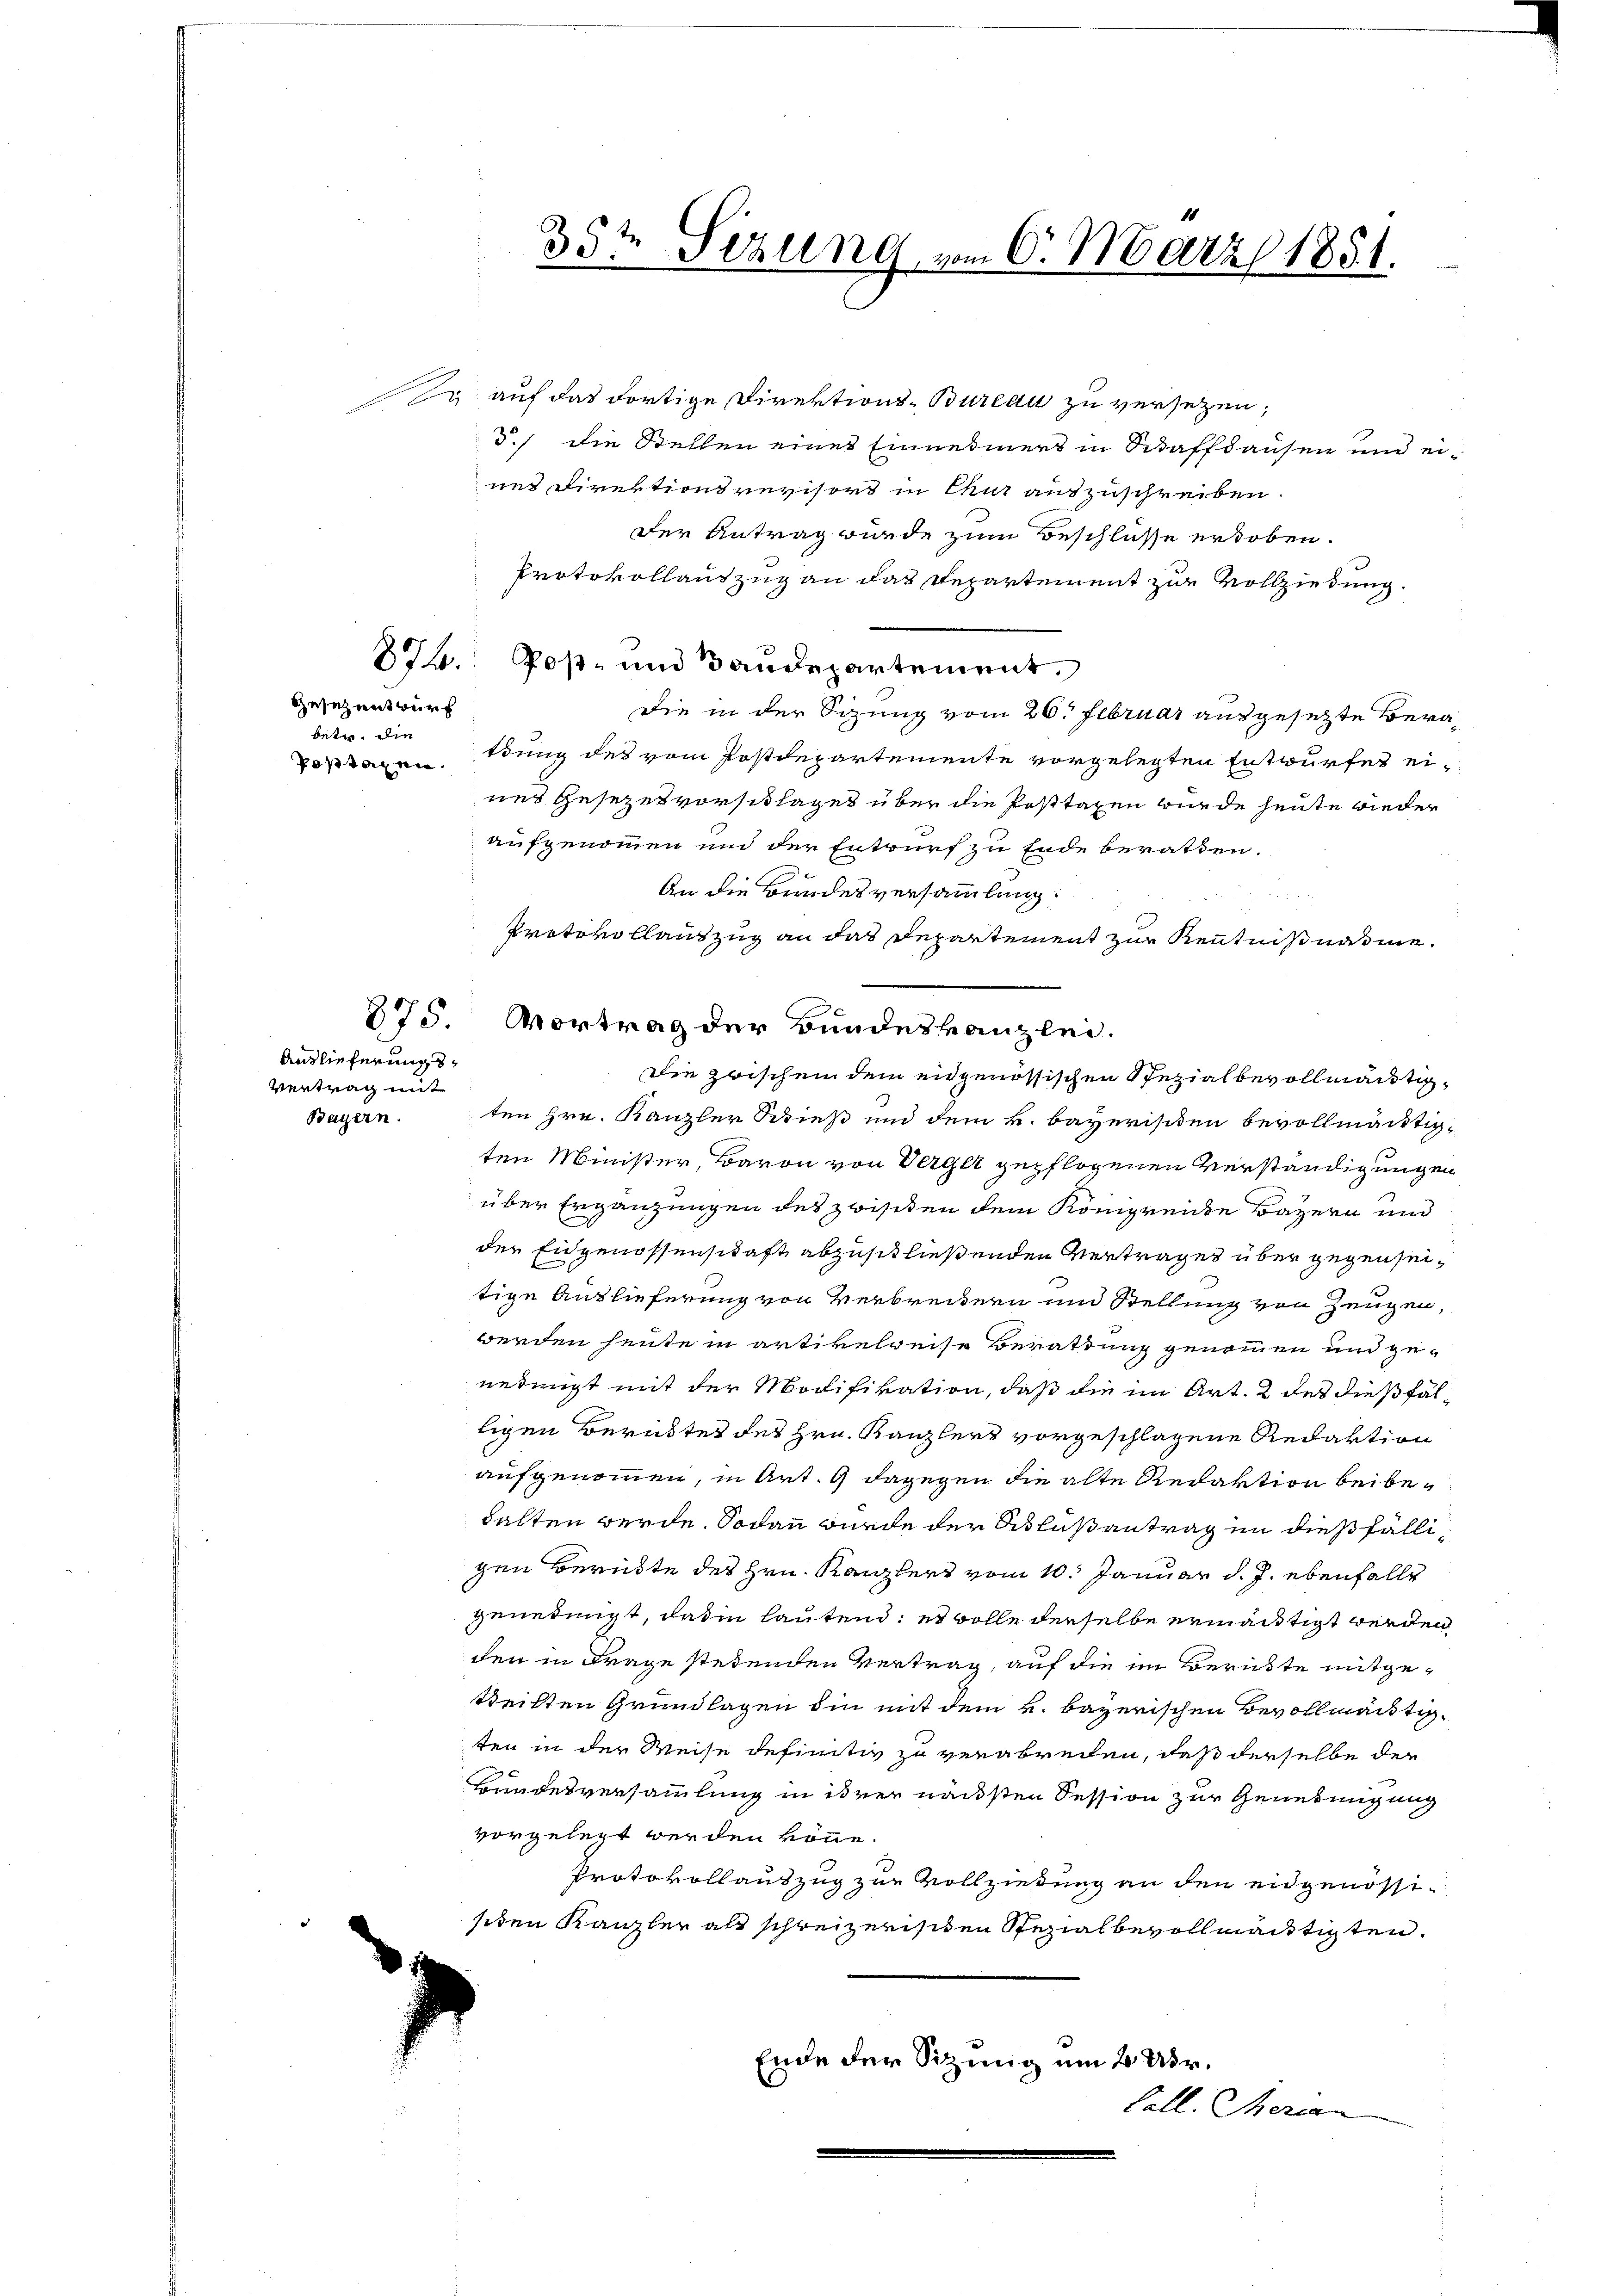
Gesezentwurf
betr. die

Auslieferungs¬
Vertrag mit
Bayern.

35t Sezung vom 6. März 1851.

Er auf das dortige Direktions-Bureau zu versezen,
d.) die Stellen eines Einnehmers in Schaffhausen und eines Direktionsrevisors in Chur auszuschreiben.
Der Antrag wurde zum Beschlüsse erhoben.
Protokollauszug an das Departement zur Vollziehung.
87. Poß- und Bandepartement.
Die in der Sizung vom 26. Februar ausgesetzte Beravorragen dung des vom Postdepartemente vorgelegten Entwurfes eines Gesezesvorschlages über die Posttaxen wurde heute wieder
aufgenommen und der Entwurf zu Ende berathen.
An die Brindesversammlung:
Protokollauszug an das Departement zur Kenntnißnahme.
Die zwischen dem eidgenössischen Spezialbevollmächtigten Hrn. Kanzler Schieß und dem k. bayerischen bevollmächtigten Minister, Baron von Verger gepflogenen Verständigungen
über Ergänzungen des zwisiten dem Königrende Bayern und
der Eidgenossenschaft abzuschließenden Vertrages über gegenseitige Auslieferung von Verbreitern und Stellung von Zeugen,
werden heute in artikelweise Berathung genommen und geneimist mit der Modifikation, daß die im Art. 2 des dießfältigen Berübtes des Hrn. Kanzlers vorgeschlagene Redaktion
aufgenommen, in Art. 9 dagegen die alte Redaktion beibehalten werde. Sodann wurde der Ablußantrag in dießfälligen Berükte des Hrn. Kanzlers vom 10. Januar d. J. ebenfalls
genehmigt, daß in lautend: es wolle derselbe ermächtigt werden
den in Frage stehenden Vertrag, auf die im Berükte mitgetteilten Grundlagen die mit dem k. bayerischen Bevollmächtigten in der Weise definitiv zu verabreien, daß derselbe der
Bundesversammlung in ihrer nächsten Session zur Genehmigung
vorgelegt werden könne.
Protokollauszug zur Vollziehung an den eidgenössisiten Kanzler als schweizerischen Spezialbevollmächtigten.
Ende der Sitzung um 2 Uhr.
Call. Theren

875. Vortrag der Bundeskanzlei.